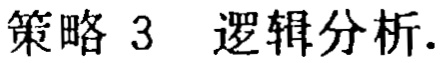
策略 3 逻辑分析.